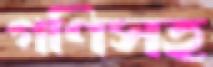
গণিসহ